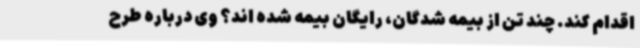
اقدام کند. چند تن از بیمه شدگان، رایگان بیمه شده اند؟ وی درباره طرح